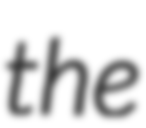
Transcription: the